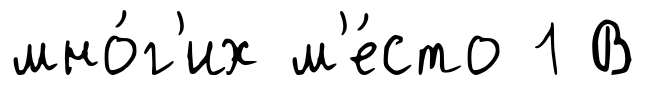
мно́г'их м'е́сто 1 В